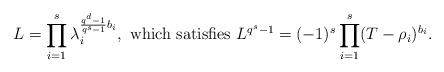
LaTeX: \begin{align*} L=\prod_{i=1}^{{s}} \lambda_i^{\frac{q^d-1}{q^s-1}b_i}, \mbox{ which satisfies } L^{q^s-1}= (-1)^s \prod_{i=1}^{{s}} (T-\rho_i)^{b_i}. \end{align*}